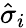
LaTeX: {\hat{\sigma}}_{i}